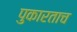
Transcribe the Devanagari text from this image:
पुकारताच